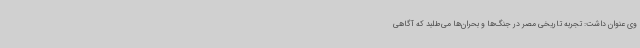
وی عنوان داشت: تجربه تاریخی مصر در جنگ‌ها و بحران‌ها می‌طلبد که آگاهی